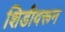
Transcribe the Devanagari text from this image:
शिडीवरून